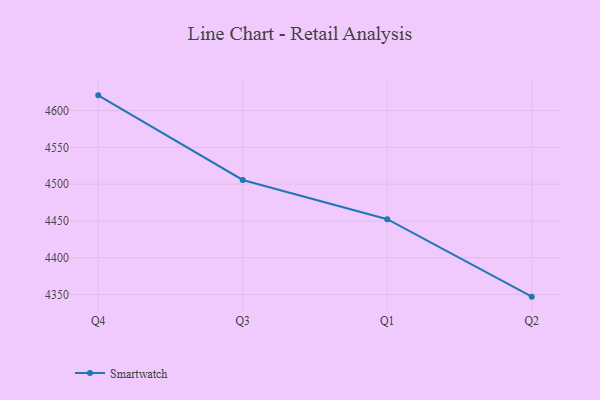
{"axis": {"x": "Quarter", "y": "Population (Million)"}, "legend": ["Smartwatch"], "data": [{"x": "Q4", "y": 4620.7, "type": "Smartwatch"}, {"x": "Q3", "y": 4505.7, "type": "Smartwatch"}, {"x": "Q1", "y": 4452.4, "type": "Smartwatch"}, {"x": "Q2", "y": 4347.1, "type": "Smartwatch"}]}